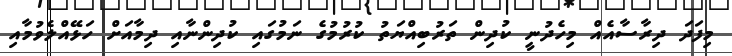
މިފަދަ ދިރާސާއެއް މިހެދުނީ ކުދިން ތަރުބިއްޔަތު ކުރުމުގެ ނަމުގައި ކުދިންނާއި ދިމާއަށް ހަޅޭއްލެވުމާއި